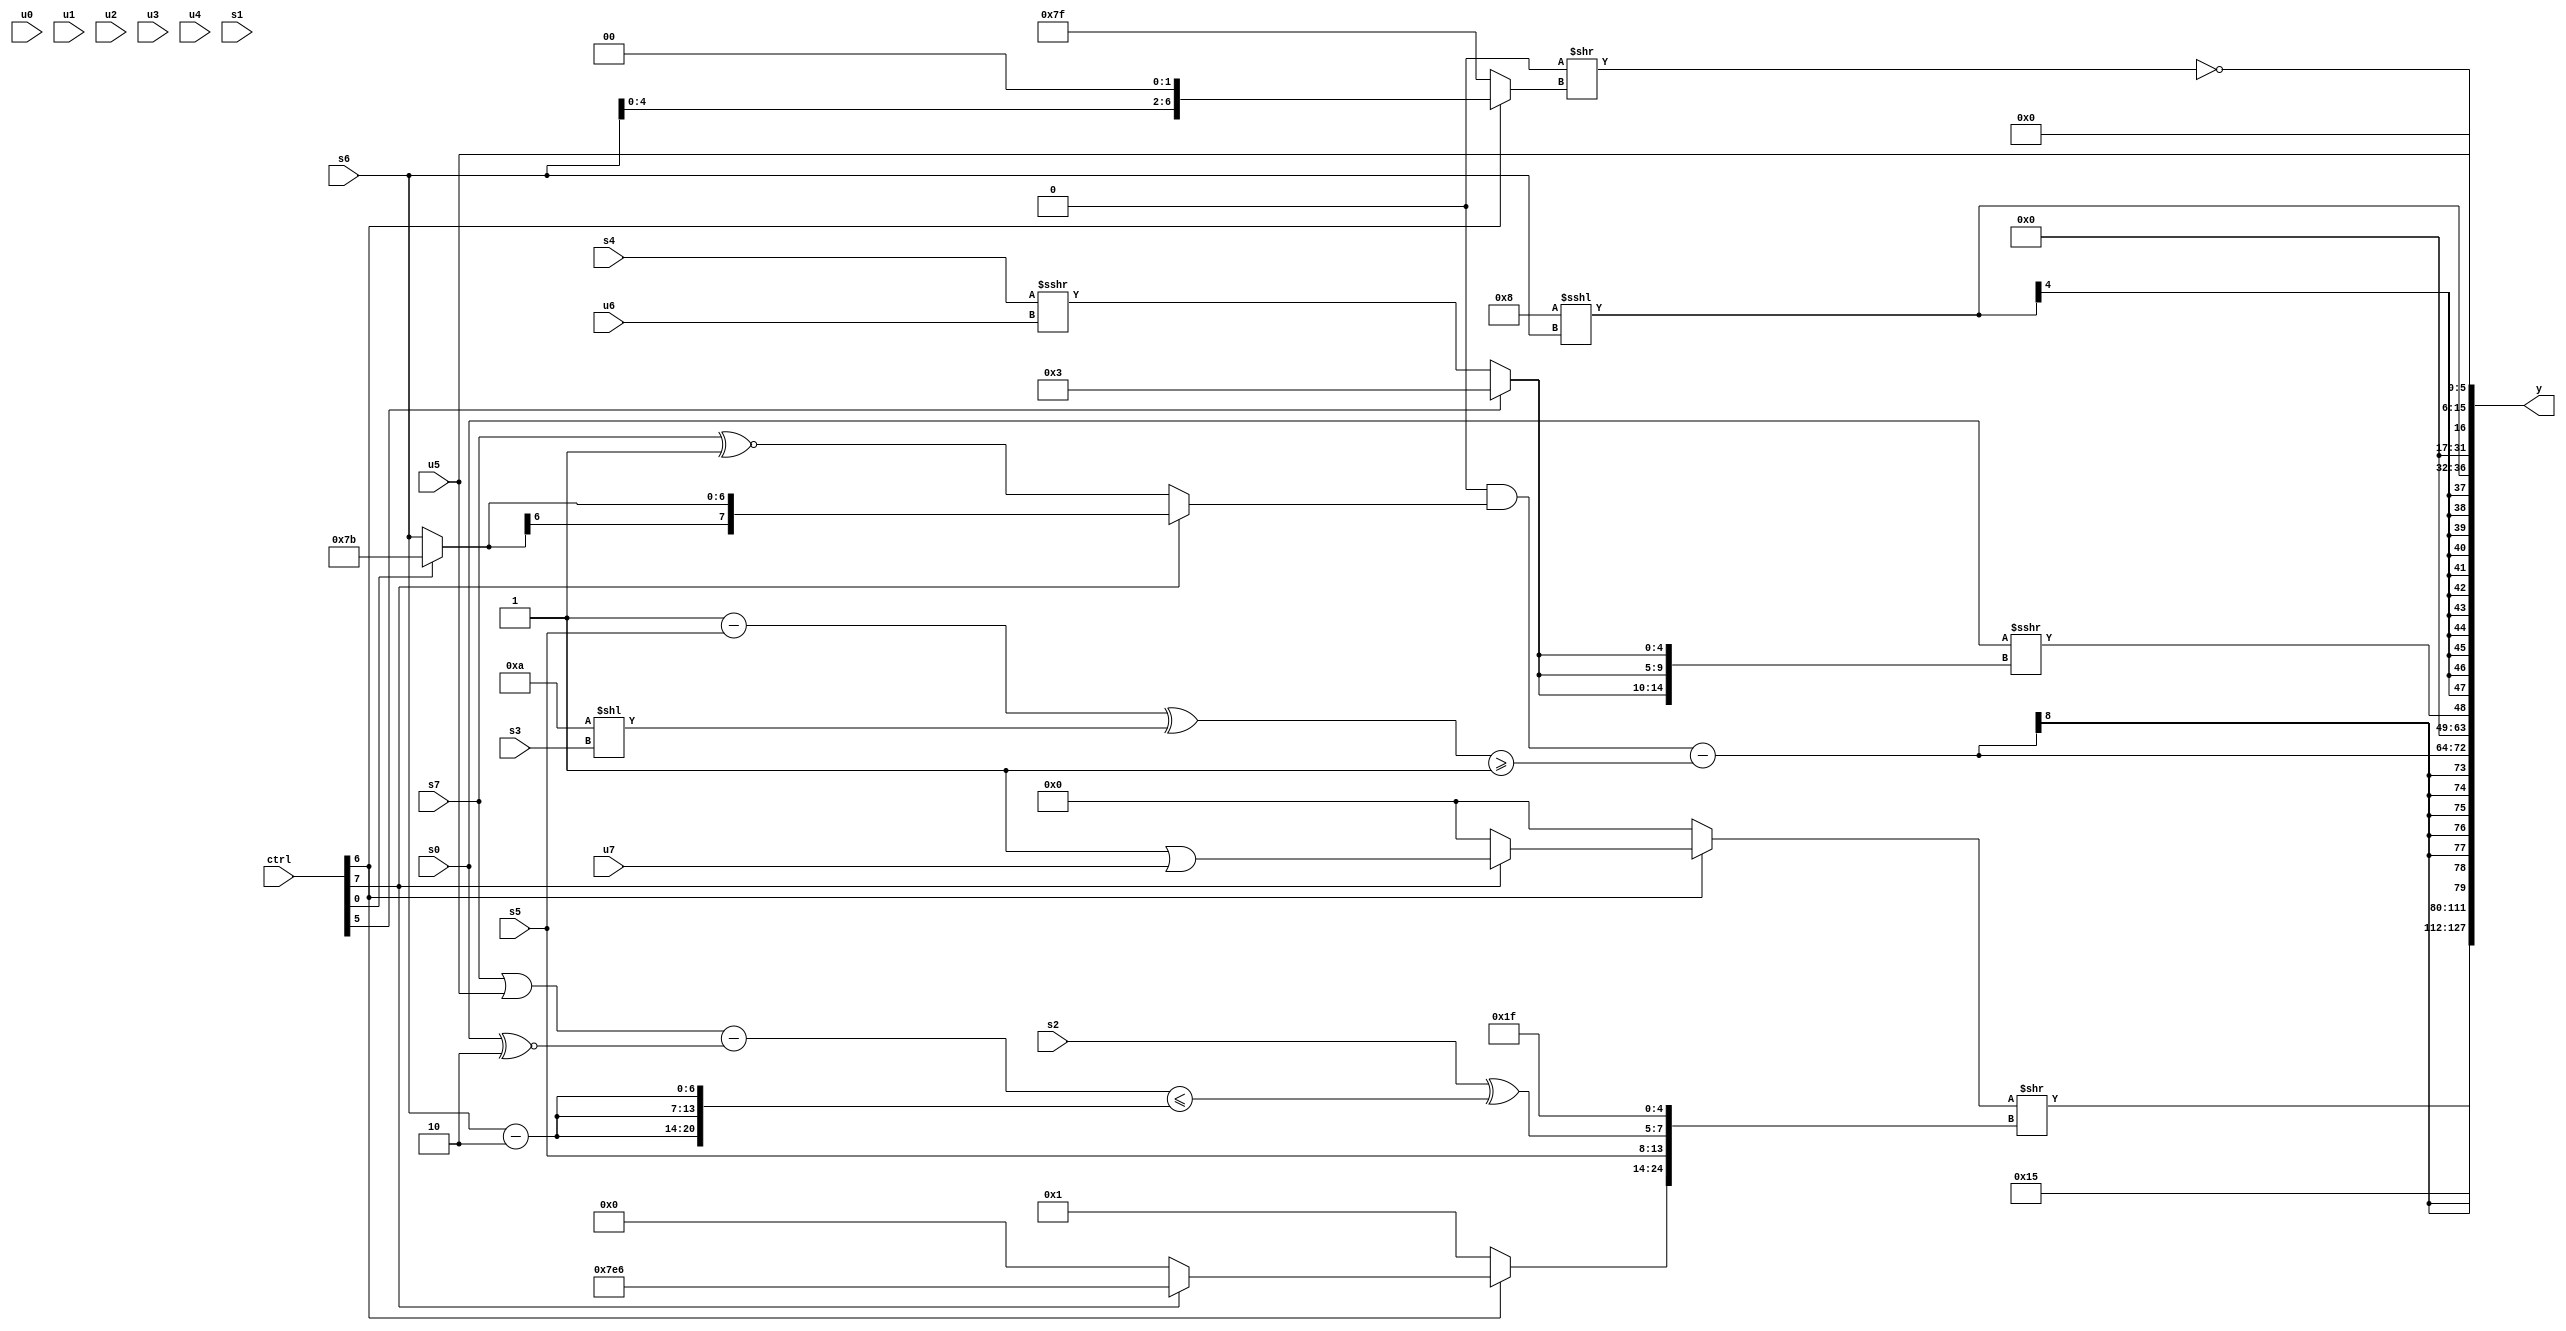
module wideexpr_00426(ctrl, u0, u1, u2, u3, u4, u5, u6, u7, s0, s1, s2, s3, s4, s5, s6, s7, y);
  input [7:0] ctrl;
  input [0:0] u0;
  input [1:0] u1;
  input [2:0] u2;
  input [3:0] u3;
  input [4:0] u4;
  input [5:0] u5;
  input [6:0] u6;
  input [7:0] u7;
  input signed [0:0] s0;
  input signed [1:0] s1;
  input signed [2:0] s2;
  input signed [3:0] s3;
  input signed [4:0] s4;
  input signed [5:0] s5;
  input signed [6:0] s6;
  input signed [7:0] s7;
  output [127:0] y;
  wire [15:0] y0;
  wire [15:0] y1;
  wire [15:0] y2;
  wire [15:0] y3;
  wire [15:0] y4;
  wire [15:0] y5;
  wire [15:0] y6;
  wire [15:0] y7;
  assign y = {y0,y1,y2,y3,y4,y5,y6,y7};
  assign y0 = ((ctrl[6]?(ctrl[6]?+((ctrl[7]?(~&(1'sb0))|(u7):(ctrl[1]?{4{(6'b100110)<(6'sb001000)}}:({1'b0})<<<(2'sb10)))):(ctrl[3]?(s3)^(5'sb01101):(ctrl[4]?$signed({u6,$signed(2'sb01)}):4'sb1000))):1'sb0))>>({(ctrl[6]?(ctrl[7]?6'sb100110:$signed(({(s0)-(4'sb1101),(3'sb000)==(s4),(s5)>>>(4'sb1000)})>>>(5'sb10111))):3'sb001),s5,({s2})^($signed(-((((s7)|(u5))-((s0)^~(6'sb000010)))<=({3{(s6)-(4'sb1110)}})))),5'sb11111});
  assign y1 = 2'sb00;
  assign y2 = 6'sb010101;
  assign y3 = ($signed((+(~(2'sb11)))&((ctrl[7]?(ctrl[0]?4'sb1011:s6):(s7)^~(1'sb1)))))-({1{(((2'sb11)-(s5))^((4'sb1010)<<(s3)))>=($signed(|(5'sb11111)))}});
  assign y4 = $unsigned((s0)>>>({3{(ctrl[5]?$signed(4'sb0011):(s4)>>>(u6))}}));
  assign y5 = $signed(+((5'sb11000)<<<(s6)));
  assign y6 = ~^($signed((1'sb0)>>($signed((ctrl[6]?(s6)<<<({1{$signed(2'b10)}}):+(2'sb11))))));
  assign y7 = u5;
endmodule